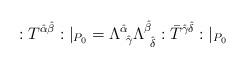
LaTeX: \begin{align*}:T^{\hat{\alpha} \hat{\beta}}:|_{P_0} =\Lambda^{\hat{\alpha}}_{\ \hat{\gamma}}\Lambda^{\hat{\beta}}_{ \ \hat{\delta}}:\bar{T}^{\hat{\gamma}\hat{\delta}}:|_{P_0}\end{align*}